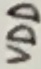
Text: VDD